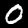
Label: 0